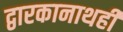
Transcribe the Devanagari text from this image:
द्वारकानाथही